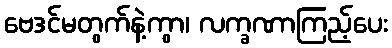
ဗေဒင်မတွက်နဲ့ကွာ၊ လက္ခဏာကြည့်ပေး